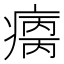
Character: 𰣺